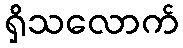
ရှိသလောက်